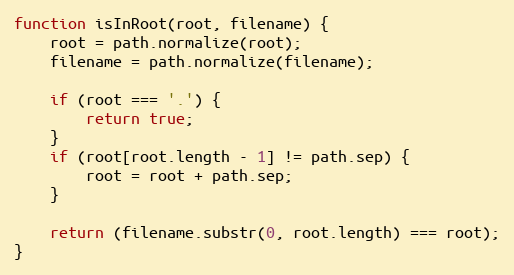
Language: JavaScript
function isInRoot(root, filename) {
    root = path.normalize(root);
    filename = path.normalize(filename);

    if (root === '.') {
        return true;
    }
    if (root[root.length - 1] != path.sep) {
        root = root + path.sep;
    }

    return (filename.substr(0, root.length) === root);
}